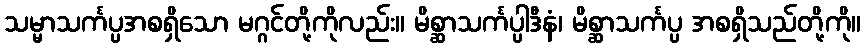
သမ္မာသင်္ကပ္ပအစရှိသော မဂ္ဂင်တို့ကိုလည်း။ မိစ္ဆာသင်္ကပ္ပါဒီနံ၊ မိစ္ဆာသင်္ကပ္ပ အစရှိသည်တို့ကို။